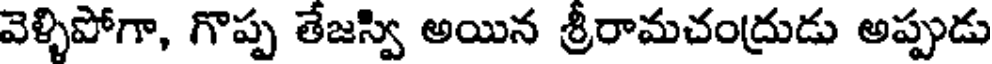
వెళ్ళిపోగా, గొప్ప తేజస్వి అయిన శ్రీరామచంద్రుడు అప్పుడు